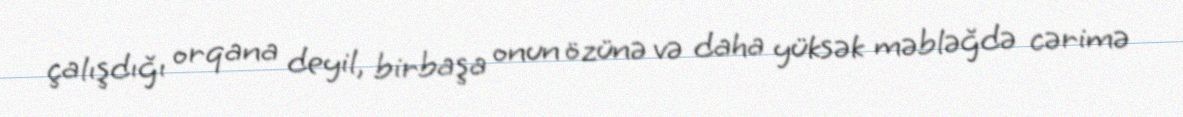
çalışdığı orqana deyil, birbaşa onun özünə və daha yüksək məbləğdə cərimə